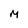
Character: M